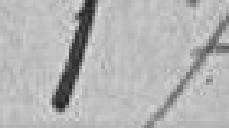
173